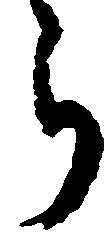
ら